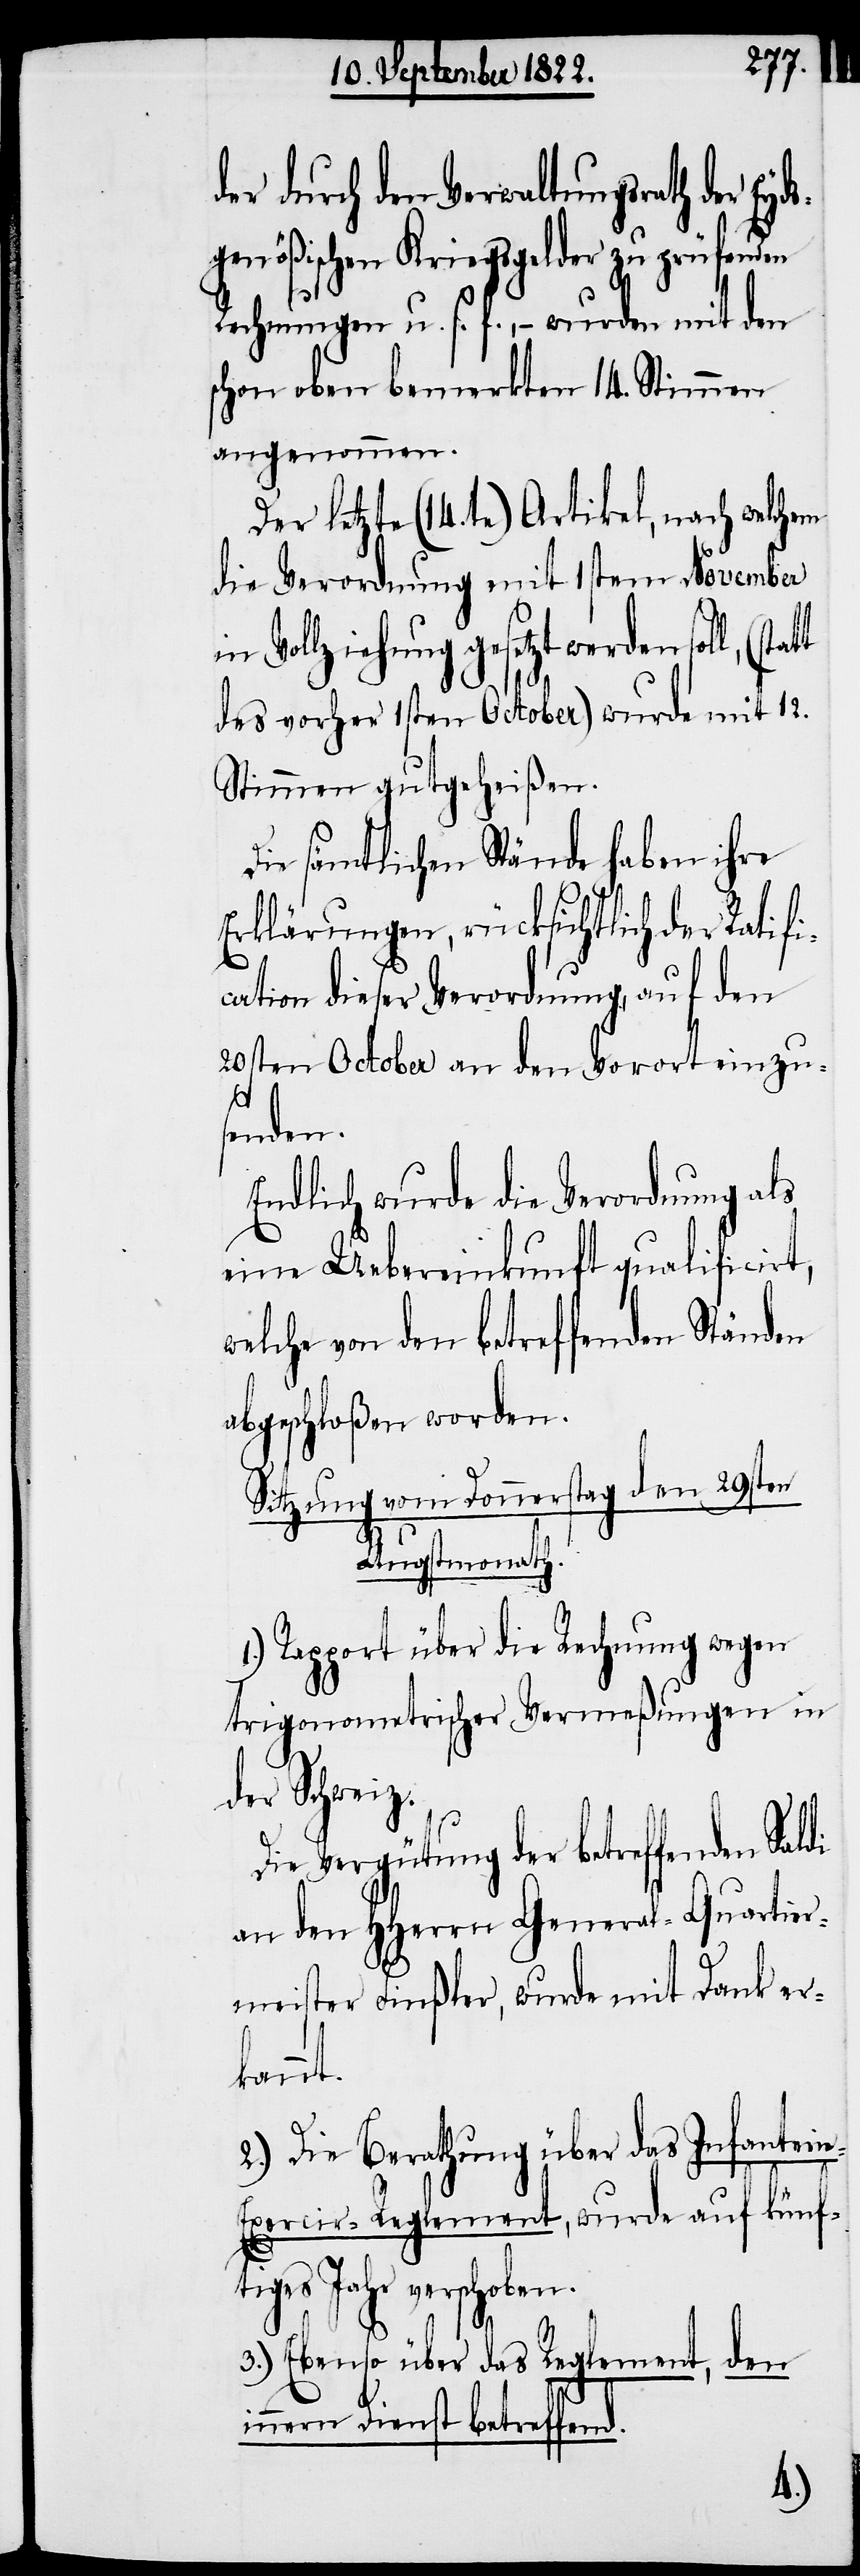
der durch den Verwaltungsrath der Eyd¬
sgenößischen Kriegsgelder zu prüfenden
Rechnungen u. s. f., – wurden mit den
schon oben bemerkten 14. Stimmen
angenommen.
Der letzte (14te) Artikel, nach welchem
die Verordnung mit 1stem November
Vollziehung gesetzt werden soll,
des vorher 1sten October) wurde mit 12.
Stimmen gutgeheißen.
Die sämtlichen Stände haben ihre
Erläuterungen, rücksichtlich der Ratif¬
ation dieser Verordnung, auf den
20sten October an den Vorort einzu¬
i¬
senden.
Endlich wurde die Verordnung als
eine Uebereinkunft qualificirt,
welche von den betreffenden Ständen
abgeschloßen worden.
Sitzung vom Sonntag den 29sten
Augstmonath.
Rapport über die Rechnung wegen
trigonometrischer Vermeßungen in
der Schweiz.
Die Vergütung der betreffenden
an den HHerren General-Quartier¬
meister Finßler, wurde mit Dank er¬
kannt.
2.) Die Berathung über das Infanteri¬
e-Exercir-Reglement, wurde auf künft¬
es Jahr verschoben.
3.) Ebenso über das Reglement, den
nneren Dienst betreffend.
1.)